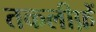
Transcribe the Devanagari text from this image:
तकलीफ़ें